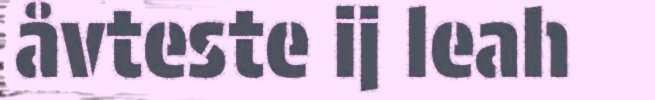
åvteste ij leah